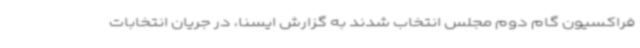
فراکسیون گام دوم مجلس انتخاب شدند به گزارش ایسنا، در جریان انتخابات